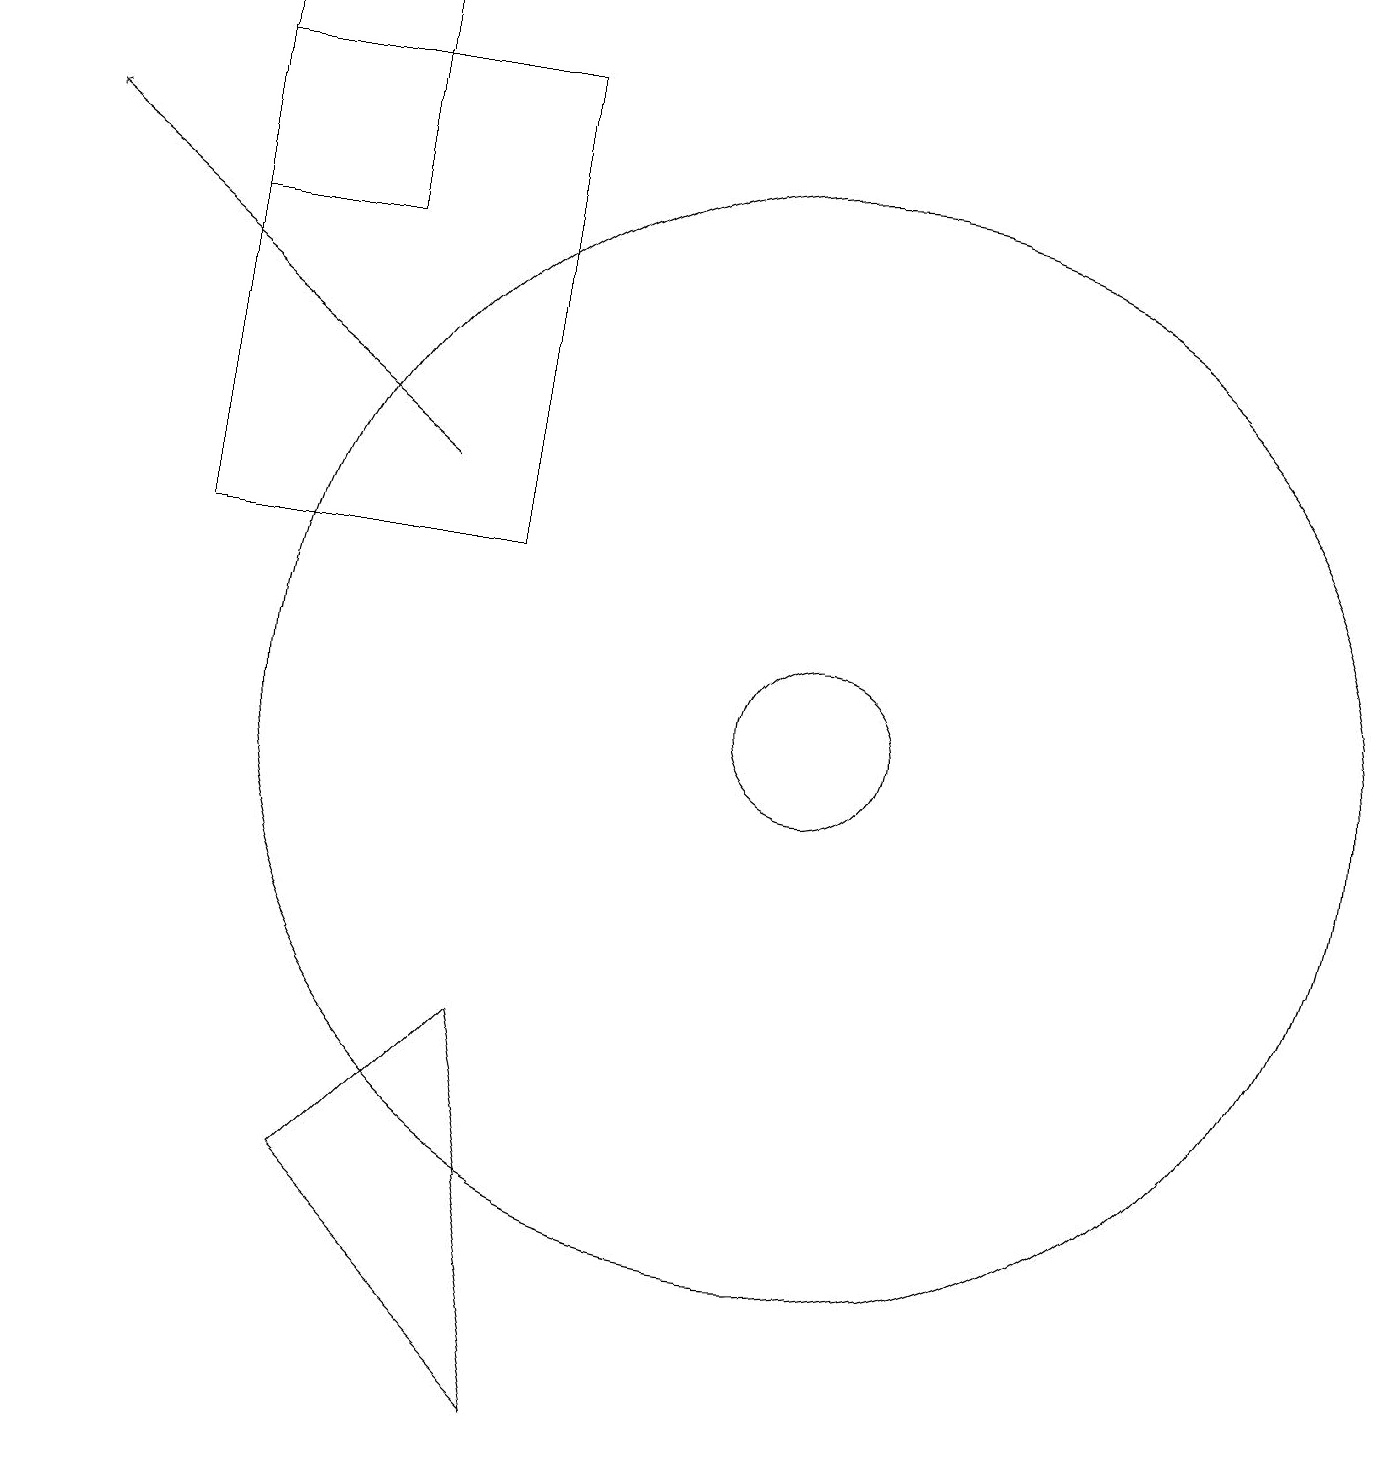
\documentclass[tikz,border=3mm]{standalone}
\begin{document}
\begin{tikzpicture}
\draw (11,10) circle (7);
\draw (11,10) circle (1);
\draw (12,10) circle (0);
\draw (11,10) circle (0);
\draw (8,1) -- (5,4) -- (7,6) -- cycle;
\draw[->] (6,13) -- (1,17);
\draw (5,16) rectangle (3,19);
\draw (3,12) rectangle (7,18);
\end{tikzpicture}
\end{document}